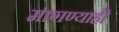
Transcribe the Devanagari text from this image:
मागण्याही